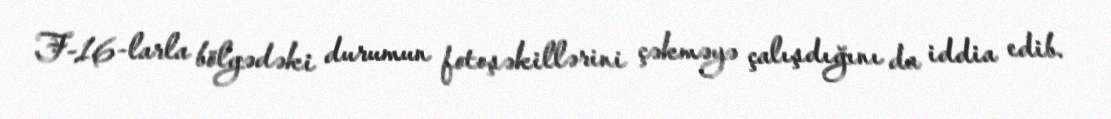
F-16-larla bölgədəki durumun fotoşəkillərini çəkməyə çalışdığını da iddia edib.